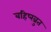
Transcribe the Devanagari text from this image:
बहिष्ख्रुत